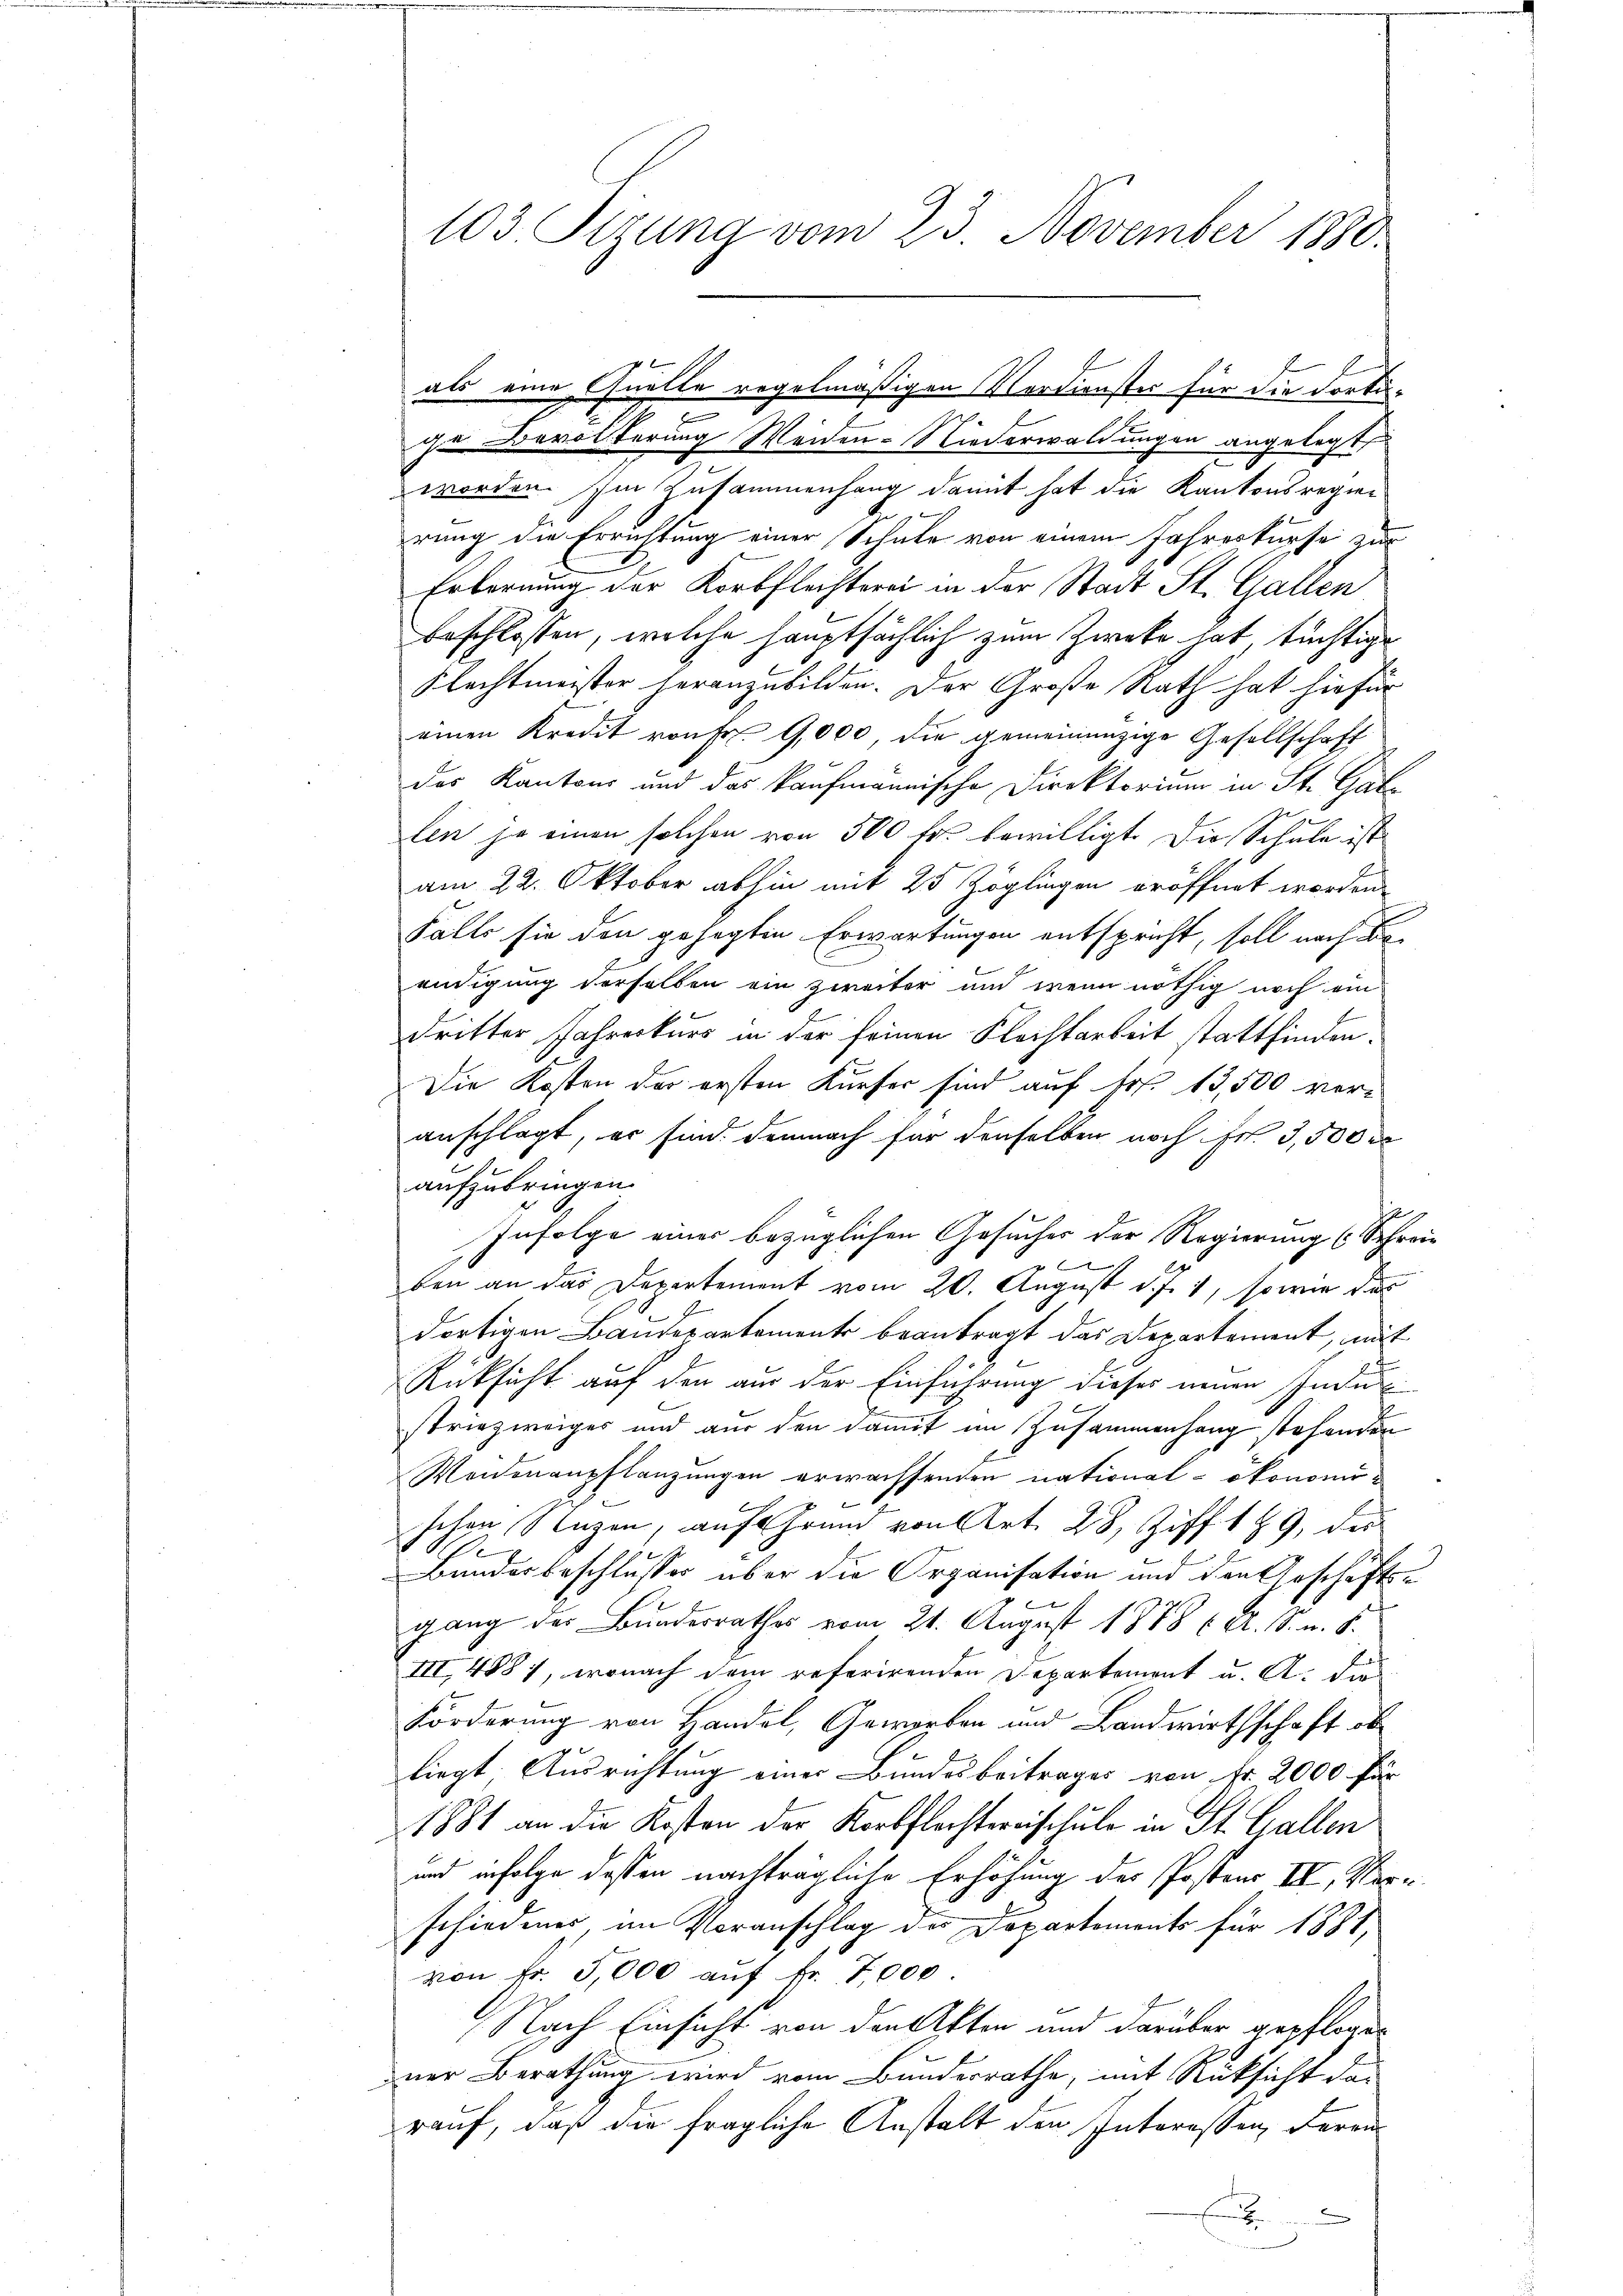
103 Sizung vom 23. November 1880.

ge Bevölkerung Weiden-Niederwaldungen angelegt
worden. Im Zusammenhang damit hat die Kantonsregier
rung die Errichtung einer Schule von einem Jahreskurse zur
Erbernung der Korbflechterei in der Stadt St. Gallen
beschlossen, welche hauptsächlich zum Zweke hat, tüchtige
Slechtmeister heranzubilden. Der Große Rath hat hiefür
einen Kredit von Fr. 9,000 die gemeinenzige Gesellschaft
des Kantons und das kaufmännische Direktorium in St. Gatlen ja einen solchen von 500 fr. bewilligt. Die Schule ist
am 22. Oktober abhin mit 25 Zöglingen eröffnet worden.
Falls sie den gehegten Erwartungen entspricht, soll nach de
endigung derselben ein zweiter und wenn nöthig noch ein
dritter Jahreskurs in der seinen Flachtarbeit stattfinden.
Die Kosten der ersten Kürfer sind auf Fr. 13,500 veranschlagt, er sind demnach für denselben noch Fr. 3,500 r
aufzubringen.
Infolge einer bezüglichen Gesuches der Regierung (Schrei¬
7
.
ben an das Departement vom 20. August d. J. 1, sowie das
dortigen Baudepartements beantragt das Departement, mit
Rüksicht auf den aus der Einführung dieses neuen Inde
striezweiges und aus den damit im Zusammenhang stehenden
Weidenenpflanzungen erwachsenden nationalökonomischen Sagen, auf Grund von Art. 28, Ziff. 189, der
910.
Bundesbeschlusses über die Organisation und den Geschäftsgang des Bundesrathes vom 21. August 1878 (A. S. u. s.
III 4887, wonach dem referirenden Departement u. A. die
Förderung von Handel, Geworben und Landwirthschaft ob
liegt. Ausrichtung einer Bundesbeitrages von Fr. 2000 für
1881 an die Kosten der Korbflechtereischule in St. Gallen
und infolge deßen nachträgliche Erhöhung der Postens II, Verschiedenes, in Voranschlag des Departements für 1881,
von fr. 3,000 aŭf Fr. 7,000
Nach Einsicht von den Akten und darüber gepflogener Berathung wird vom Bundesrathe, mit Rüksicht das
rauf, daß die fragliche Anstalt den Interessen, deran
E

als eine Quelle regelmäßigen Verdienster für die dorti¬